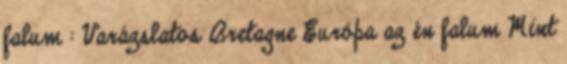
falum : Varázslatos Bretagne Európa az én falum Mint